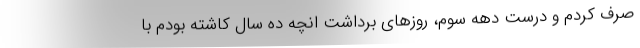
صرف کردم و درست دهه سوم، روزهای برداشت انچه ده سال کاشته بودم با